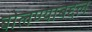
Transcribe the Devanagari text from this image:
बोलण्याबद्दल